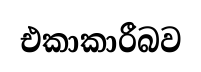
එකාකාරීබව